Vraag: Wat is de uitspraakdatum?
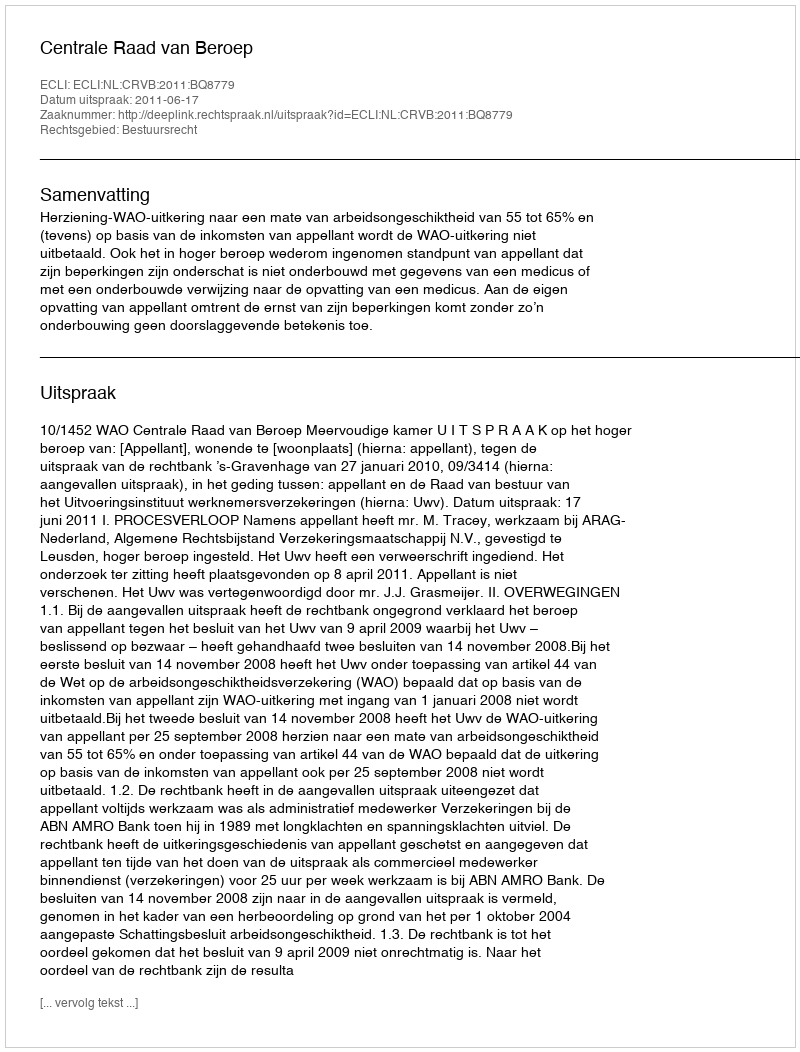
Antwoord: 2011-06-17